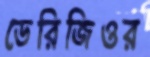
ডেরিজিওর